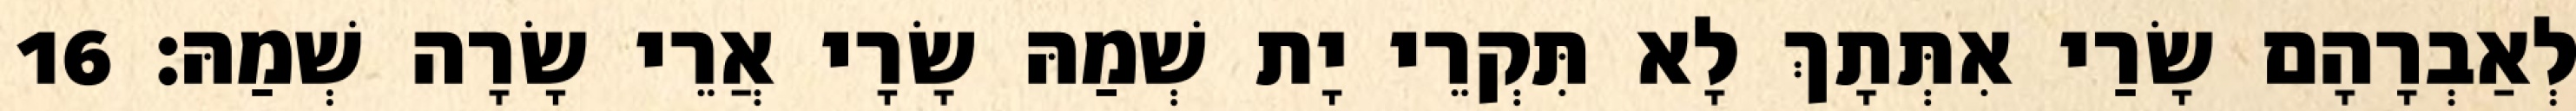
לְאַבְרָהָם שָׂרַי אִתְּתָךְ לָא תִּקְרֵי יָת שְׁמַהּ שָׂרָי אֲרֵי שָׂרָה שְׁמַהּ׃ 16